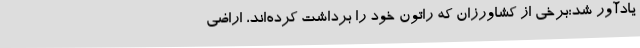
یادآور شد:برخی از کشاورزان که راتون خود را برداشت کرده‌اند، اراضی